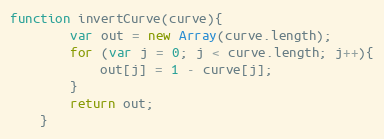
Language: JavaScript
function invertCurve(curve){
		var out = new Array(curve.length);
		for (var j = 0; j < curve.length; j++){
			out[j] = 1 - curve[j];
		}
		return out;
	}